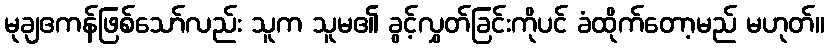
မုချဧကန်ဖြစ်သော်လည်း သူက သူမ၏ ခွင့်လွှတ်ခြင်းကိုပင် ခံထိုက်တော့မည် မဟုတ်။